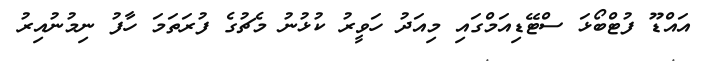
އައްޑޫ ފުޓްބޯޅަ ސްޓޭޑިއަމްގައި މިއަދު ހަވީރު ކުޅުނު މެޗުގެ ފުރަތަމަ ހާފު ނިމުނުއިރު